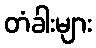
တံခါးများ